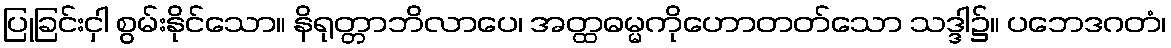
ပြုခြင်းငှါ စွမ်းနိုင်သော။ နိရုတ္တာဘိလာပေ၊ အတ္ထဓမ္မကိုဟောတတ်သော သဒ္ဒါ၌။ ပဘေဒဂတံ၊